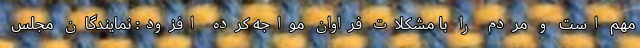
مهم است و مردم را با مشکلات فراوان مواجه کرده افزود: نمایندگان مجلس